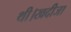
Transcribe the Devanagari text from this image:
थी।खदीजा